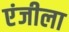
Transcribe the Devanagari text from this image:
एंजीला